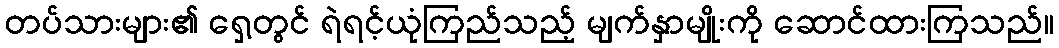
တပ်သားများ၏ ရှေ့တွင် ရဲရင့်ယုံကြည်သည့် မျက်နှာမျိုးကို ဆောင်ထားကြသည်။